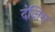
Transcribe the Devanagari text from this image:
दंज़िग